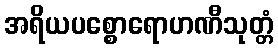
အရိယပစ္စောရောဟဏီသုတ္တံ